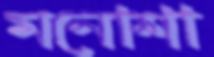
মনোশা